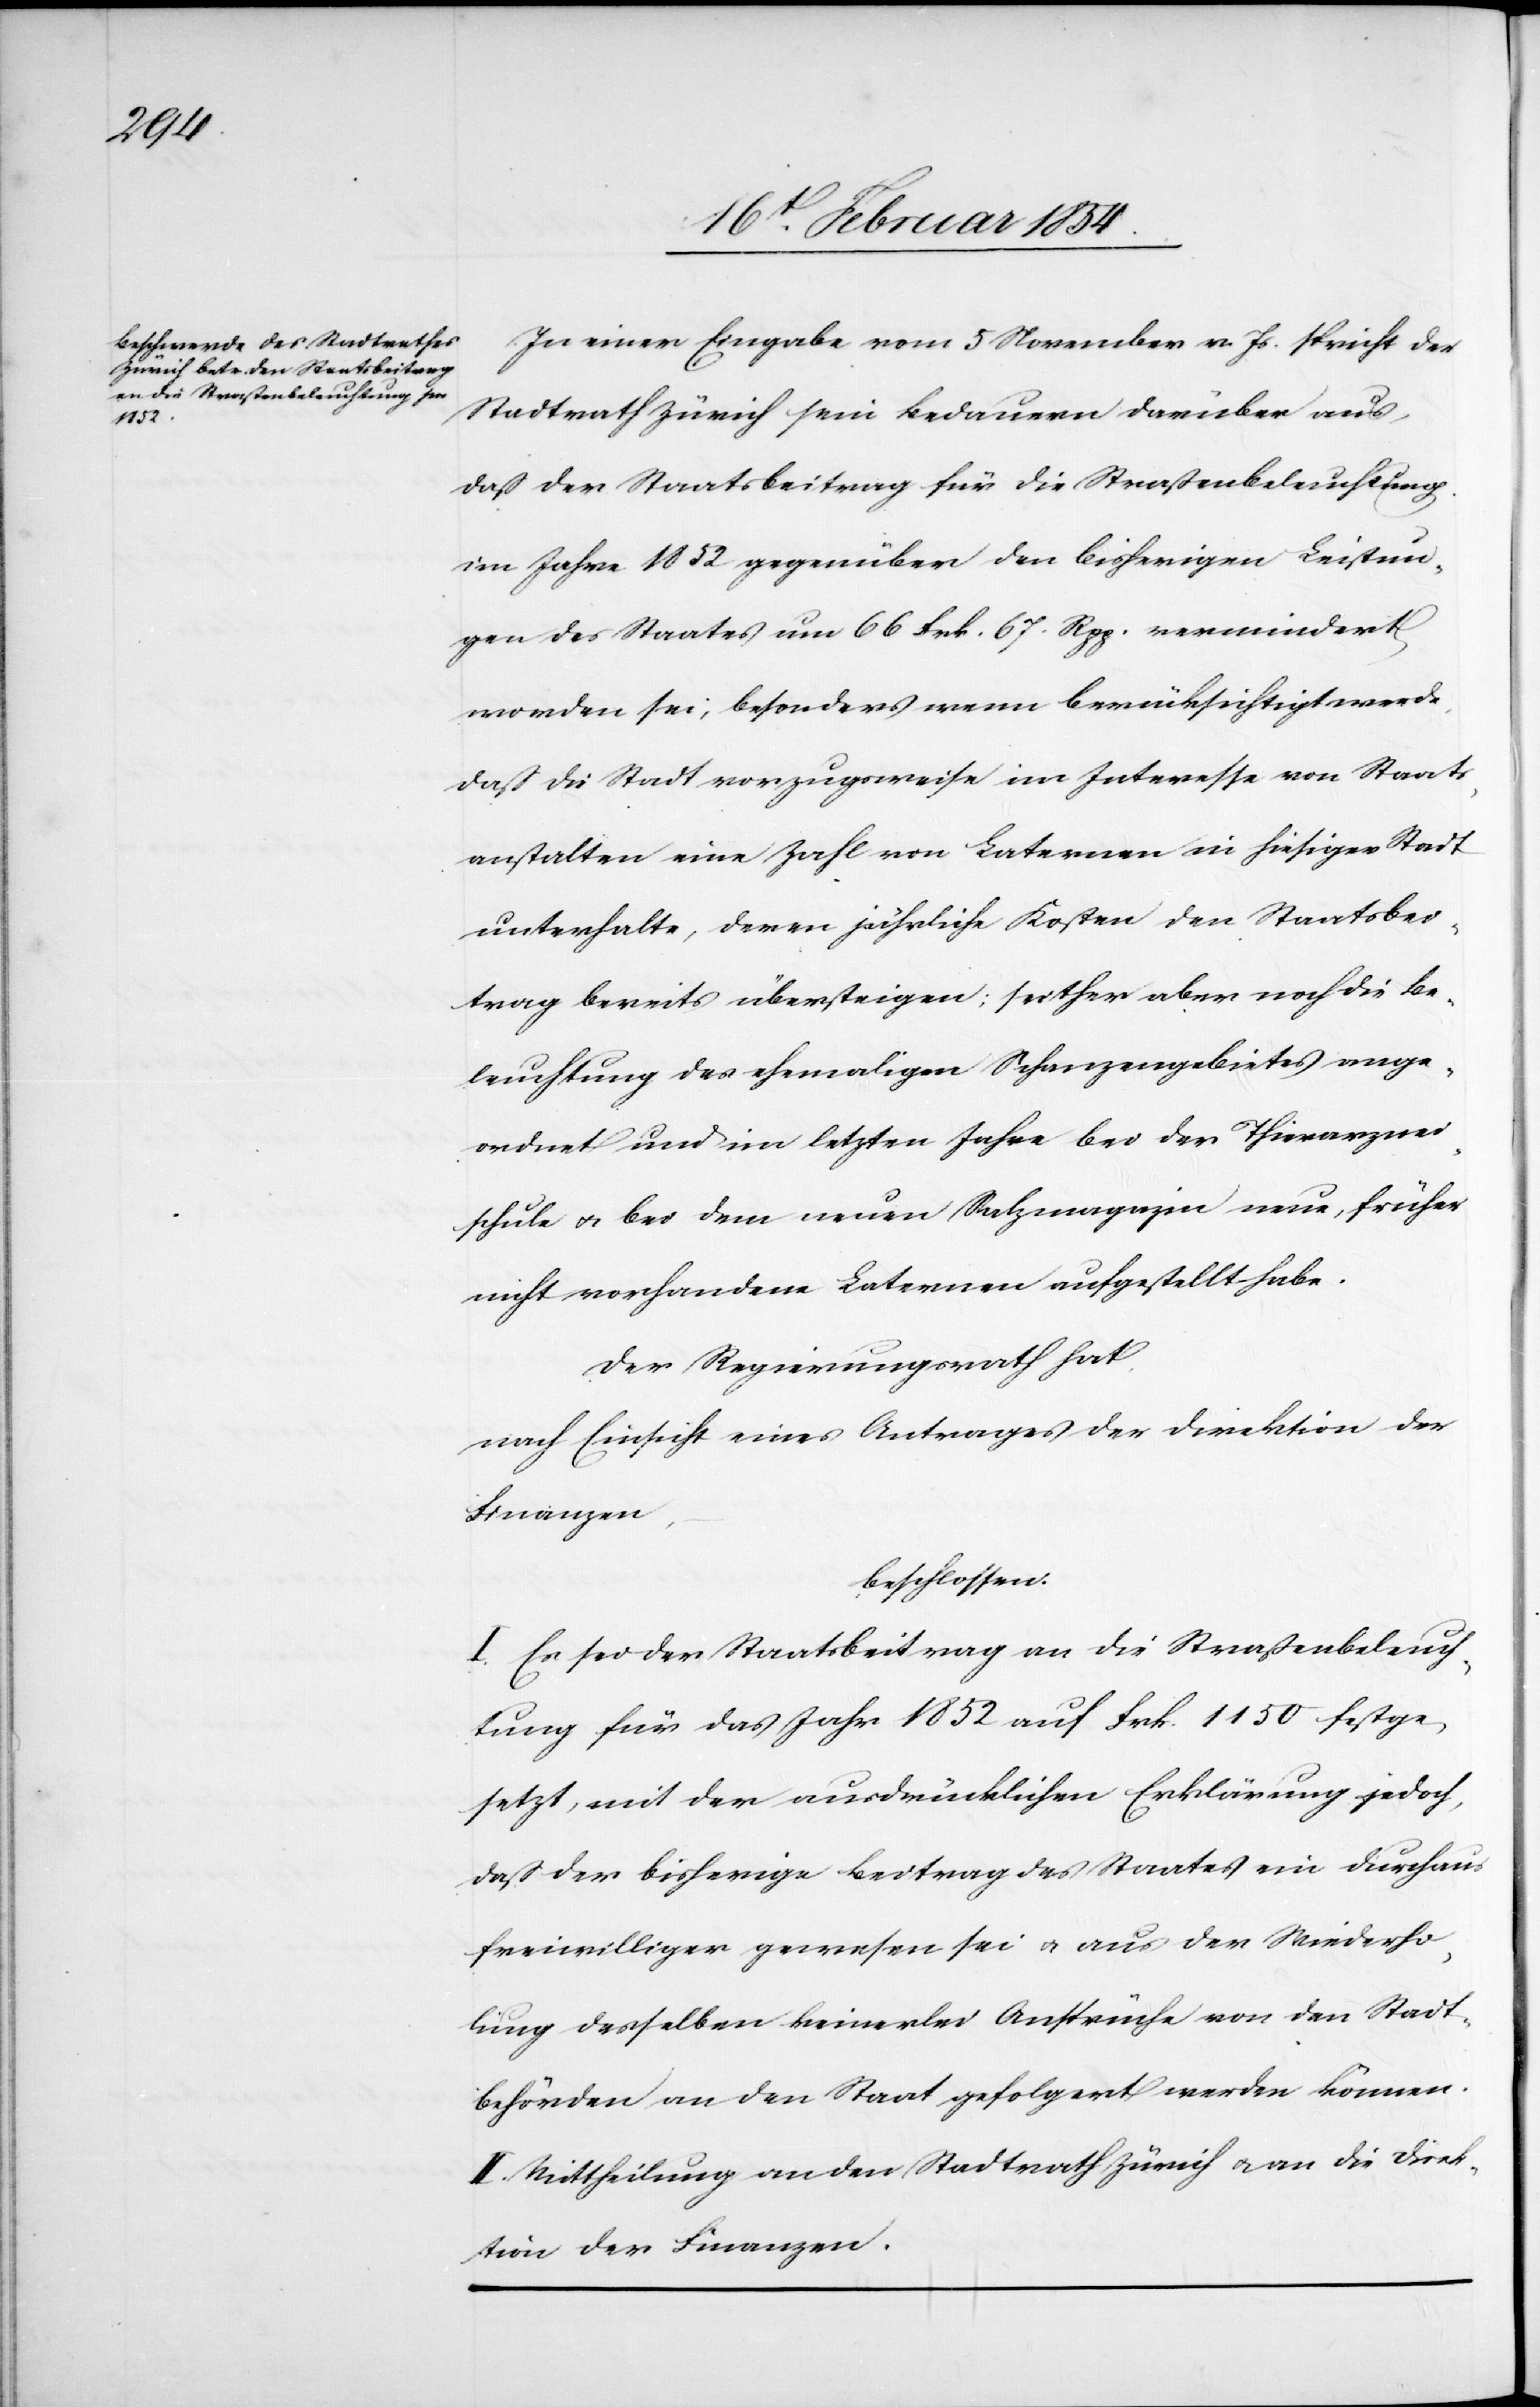
In einer Eingabe vom 5 November v. Js spricht der
Stadtrath Zürich sein Bedauern darüber aus,
daß der Staatsbeitrag für die Straßenbeleuchtung
im Jahre 1852 gegenüber den bisherigen Leistun¬
gen des Staates um 66 Frk. 67. Rpp. vermindert
worden sei, besonders wenn berücksichtigt werde,
daß die Stadt vorzugsweise im Interesse von Staats¬
anstalten eine Zahl von Laternen in hiesiger Stadt
unterhalte, deren jährliche Kosten den Staatsbei¬
trag bereits übersteigen; seither aber noch die Be¬
leuchtung des ehemaligen Schanzengebietes ange¬
ordnet und im letzten Jahre bei den Thierarznei¬
schule u. bei dem neuen Salzmagazine neue, früher
nicht vorhandene Laternen aufgestellt habe.
Der Regierungsrath hat,
nach Einsicht eines Antrages der Direktion der
Finanzen,
beschlossen:
I. Es sei der Staatsbeitrag an die Straßenbeleuch¬
tung für das Jahr 1852 auf Frk. 1150 festge¬
setzt, mit der ausdrücklichen Erklärung jedoch,
daß der bisherige Beitrag des Staates ein durchaus
freiwilliger gewesen sei u. aus der Wiederho¬
lung desselben keinerlei Ansprüche von den Stadt¬
behörden an den Staat gefolgert werden können.
II. Mittheilung an den Stadtrath Zürich u. an die Direk¬
tion der Finanzen.